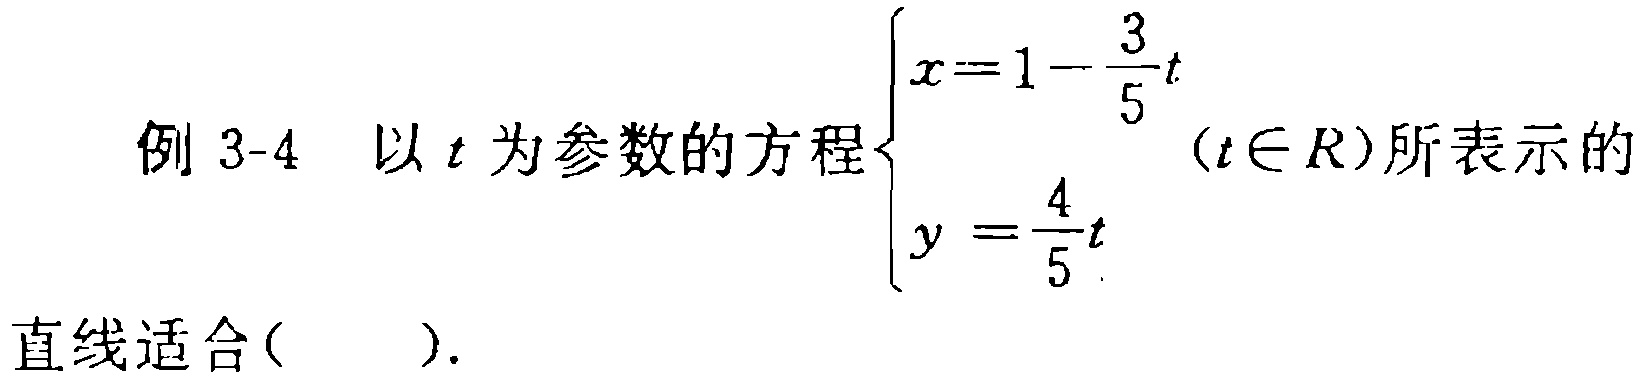
例 3-4 以 \(t\) 为参数的方程\(\begin{cases}x = 1 - \dfrac{3}{5}t\\y = \dfrac{4}{5}t\end{cases}(t\in R)\)所表示的直线适合( ).